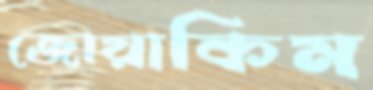
জোয়াকিম